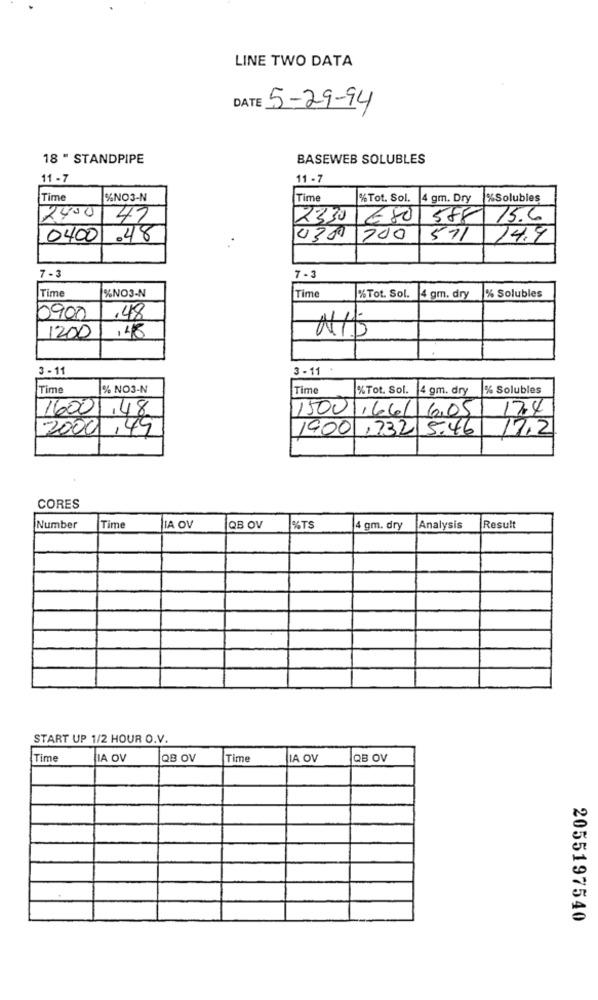
LINE TWO DATA
5-29-94
18 " STANDPIPE
BASEWEB SOLUBLES
11 - 7
11 - 7
Time
%NO3-N
Time
%Tot. Sol.
4 gm. Dry
%Solubles
2400
47
2330
16801
588 15.6
0400
.48
030 700
571
14.9
7-3
7-3
Time
%NO3-N
Time
%Tot. Sol.
4 gm. dry
% Solubles
.48
0900
1200
,48
N/5
3 - 11
3 - 11
Time
% NO3-N
Time
%Tot. Sol.
14 gm. dry
% Solubles
16001.48
15001,66/1605
174
2009,49
1900,732 5.46
17.2
CORES
Number
Time
IA OV
QB OV
%TS
4 gm. dry
Analysis
Result
START UP 1/2 HOUR O.V.
Time
LIA OV
QB OV
Time
IA OV
QB OV
2055197540